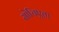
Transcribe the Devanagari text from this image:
सोचिएता